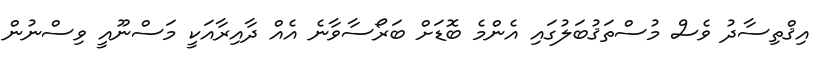
އިޤްތިސާދު ވެސް މުސްތަޤުބަލުގައި އެންމެ ބޮޑަށް ބަރޯސާވާނެ އެއް ދާއިރާއަކީ މަސްނޫއީ ވިސްނުން